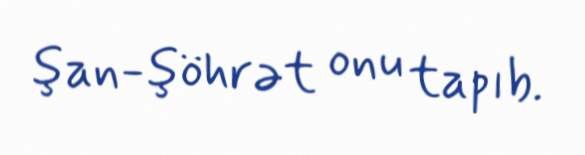
şan-şöhrət onu tapıb.